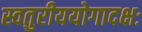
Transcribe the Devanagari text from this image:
स्वतुरीययोगादक्षः